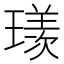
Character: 𱯥